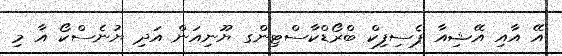
އޭ އާއި އޭޝިއާ ޕެސިފިކް ބްރޯޑްކާސްޓިންގ ޔޫނިއަން އަދި ޔުނެސްކޯ އާ މި